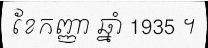
ខែកញ្ញា ឆ្នាំ 1935 ។